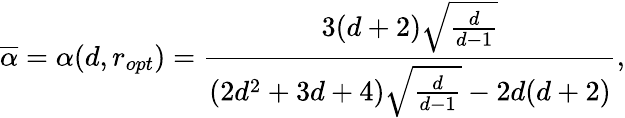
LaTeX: \overline{{\alpha}}=\alpha(d,r_{opt})=\frac{3(d+2)\sqrt{\frac{d}{d-1}}}{(2d^{2}+3d+4)\sqrt{\frac{d}{d-1}}-2d(d+2)},